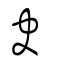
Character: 夬